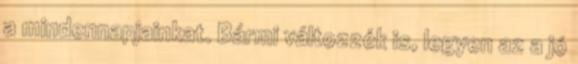
a mindennapjainkat. Bármi változzék is, legyen az a jó